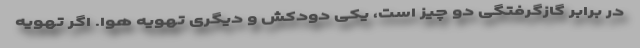
در برابر گازگرفتگی دو چیز است، یکی دودکش و دیگری تهویه هوا. اگر تهویه